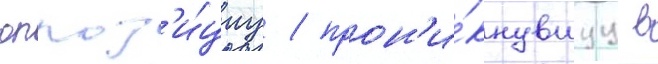
оппоз'и́циу / прон'и́кнувшуу в